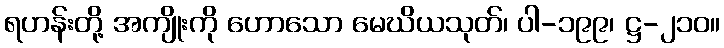
ရဟန်းတို့ အကျိုးကို ဟောသော မေဃိယသုတ်၊ ပါ-၁၉၉၊ ဋ္ဌ-၂၁၀။